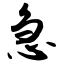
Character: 急